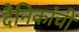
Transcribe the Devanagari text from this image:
दैनिकांची